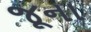
જૂના